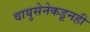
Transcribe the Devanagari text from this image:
वायुसेनेकडूनही